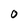
Character: 0